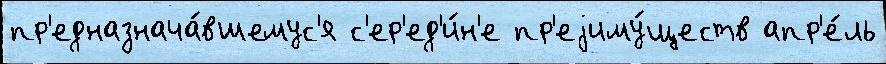
пр'едназнача́вшемус'я с'ер'ед'и́н'е пр'еjиму́ществ апр'е́ль